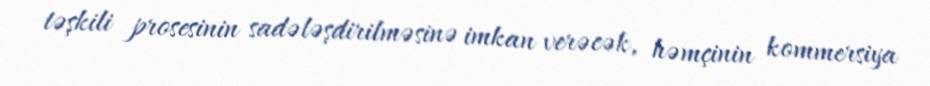
təşkili prosesinin sadələşdirilməsinə imkan verəcək, həmçinin kommersiya